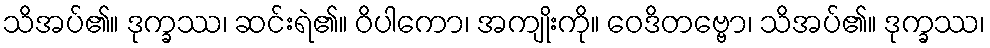
သိအပ်၏။ ဒုက္ခဿ၊ ဆင်းရဲ၏။ ဝိပါကော၊ အကျိုးကို။ ဝေဒိတဗ္ဗော၊ သိအပ်၏။ ဒုက္ခဿ၊